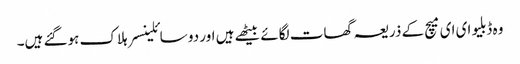
وہ ڈبلیو ای ای میچ کے ذریعہ گھات لگائے بیٹھے ہیں اور دو سائلینسر ہلاک ہوگئے ہیں۔